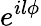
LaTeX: e^{il{\phi}}